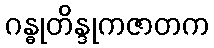
ဂန္ဓုတိန္ဒုကဇာတက